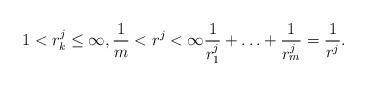
LaTeX: \begin{align*}1< r_k^j \leq \infty, \frac{1}{m}<r^j<\infty \frac{1}{r_1^j}+\ldots +\frac{1}{r_m^j}=\frac{1}{r^j}.\end{align*}